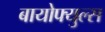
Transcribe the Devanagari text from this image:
बायोफ्युल्स